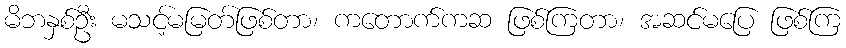
မိဘနှစ်ဦး မသင့်မမြတ်ဖြစ်တာ၊ ကတောက်ကဆ ဖြစ်ကြတာ၊ အဆင်မပြေ ဖြစ်ကြ